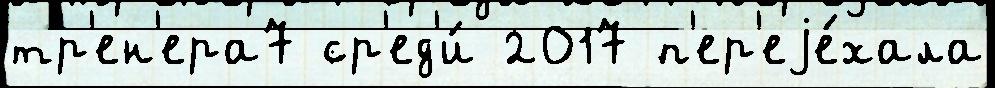
тр'ен'ера7 ср'ед'и́ 2017 п'ер'еjе́хала